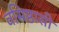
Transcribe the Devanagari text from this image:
वसिष्ठासी